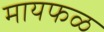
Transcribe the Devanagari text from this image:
मायफळ